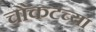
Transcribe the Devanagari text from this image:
चौकटच्या